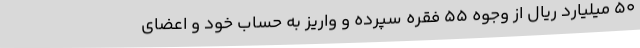
۵۰ میلیارد ریال از وجوه ۵۵ فقره سپرده و واریز به حساب خود و اعضای